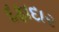
દફાદાર